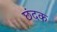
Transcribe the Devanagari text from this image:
छंदक